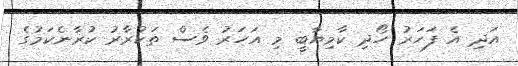
އަދި އެ ފަހަރު ހޯދި ކާމިޔާބީ މި އަހަރު ވެސް ތަކުރާރު ކުރާނެކަމުގެ